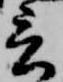
言